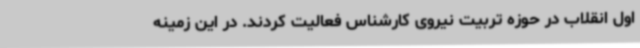
اول انقلاب در حوزه تربیت نیروی کارشناس فعالیت کردند. در این زمینه